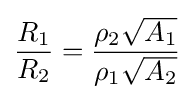
{\frac {R_{1}}{R_{2}}}={\frac {\rho _{2}{\sqrt {A_{1}}}}{\rho _{1}{\sqrt {A_{2}}}}}